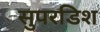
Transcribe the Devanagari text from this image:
सुपरडिश